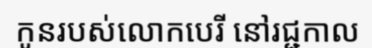
កូនរបស់លោកបេរី នៅរជ្ជកាល